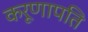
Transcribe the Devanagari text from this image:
करूणापति